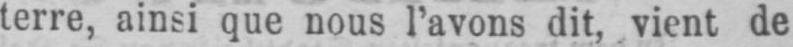
terre, ainsi que nous l’avons dit, vient de